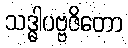
သဒ္ဓါပဗ္ဗဇိတော